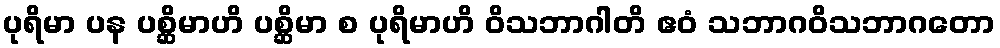
ပုရိမာ ပန ပစ္ဆိမာဟိ ပစ္ဆိမာ စ ပုရိမာဟိ ဝိသဘာဂါတိ ဧဝံ သဘာဂဝိသဘာဂတော